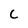
Character: C